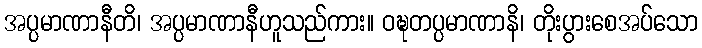
အပ္ပမာဏာနီတိ၊ အပ္ပမာဏာနီဟူသည်ကား။ ဝဍ္ဎတပ္ပမာဏာနိ၊ တိုးပွားစေအပ်သော